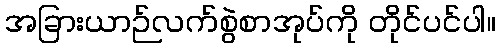
အခြားယာဉ်လက်စွဲစာအုပ်ကို တိုင်ပင်ပါ။